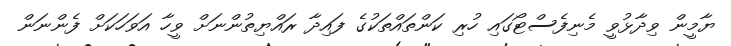
ޔާމީން ވިދާޅުވީ މެނިފެސްޓޯގައި ހުރި ކަންތައްތަކުގެ ފައިދާ ރައްޔިތުންނަށް ވީހާ އަވަހަކަށް ފެންނަން